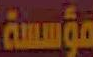
مؤسسة